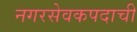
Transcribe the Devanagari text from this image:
नगरसेवकपदाची